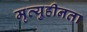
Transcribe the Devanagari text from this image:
मृत्युहीनता